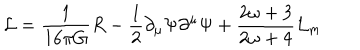
LaTeX: { \cal L } = \frac { 1 } { 1 6 \pi G } R - \frac { 1 } { 2 } \partial _ { \mu } \Psi \partial ^ { \mu } \Psi + \frac { 2 \omega + 3 } { 2 \omega + 4 } { \cal L } _ { m }